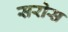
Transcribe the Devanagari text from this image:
सरोस